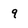
Character: q